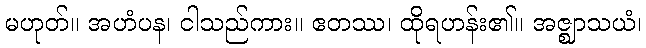
မဟုတ်။ အဟံပန၊ ငါသည်ကား။ ဧတဿ၊ ထိုရဟန်း၏။ အဇ္ဈာသယံ၊